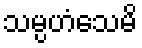
သမ္ပဟံသေမိ